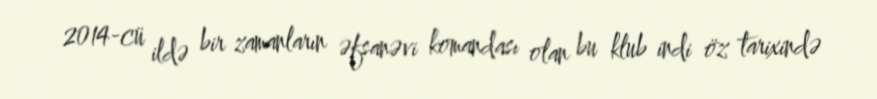
2014-cü ildə bir zamanların əfsanəvi komandası olan bu klub indi öz tarixində